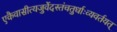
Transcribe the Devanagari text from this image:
एकैवासीत्यजुर्वेदस्तंचतुर्धाःव्यवर्तयत्